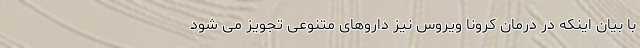
با بیان اینکه در درمان کرونا ویروس نیز داروهای متنوعی تجویز می شود